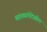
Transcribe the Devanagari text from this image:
व्याख्यानेदेखील